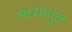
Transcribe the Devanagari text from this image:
मध्यांगुल